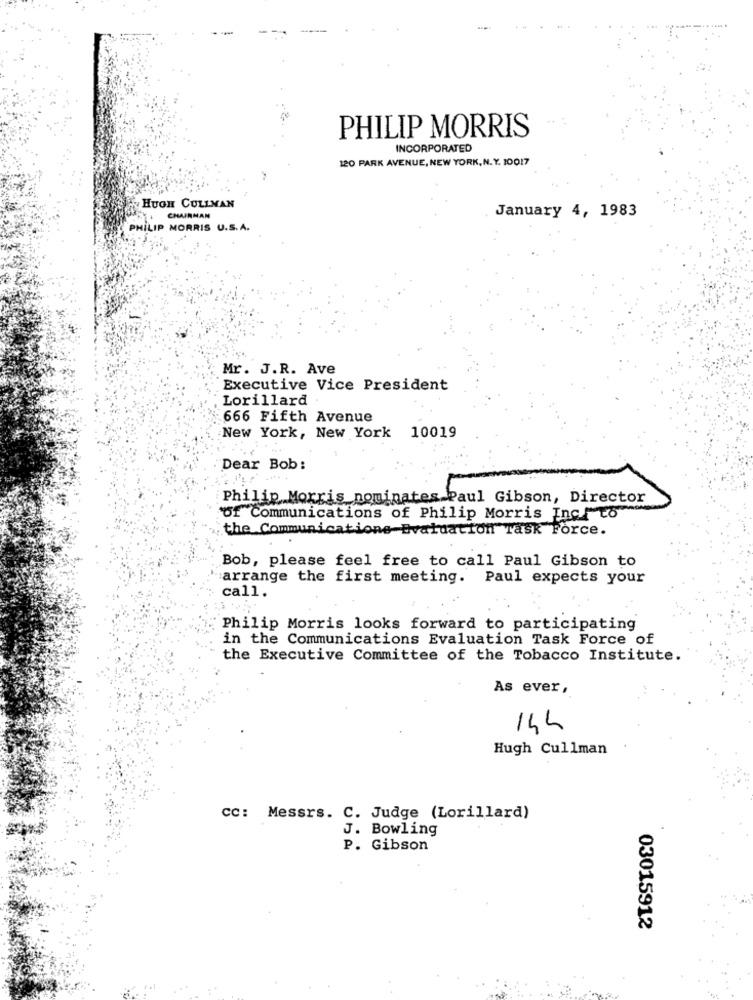
PHILIP MORRIS
INCORPORATED
120 PARK AVENUE, NEW YORK, N.Y. 10017
HUGH CULLMAN
January 4, 1983
CHAIRMAN
PHILIP MORRIS U.S.A.
Mr. J.R. Ave
Executive Vice President
Lorillard
666 Fifth Avenue
New York, New York 10019
Dear Bob:
Philip Morris nominates Paul Gibson, Director
Of Communications of Philip Morris Incf to"
the Communications Evaluation Task Force.
Bob, please feel free to call Paul Gibson to
arrange the first meeting. Paul expects your
call.
Philip Morris looks forward to participating
in the Communications Evaluation Task Force of
the Executive Committee of the Tobacco Institute.
As ever,
144
Hugh Cullman
cc: Messrs. C. Judge (Lorillard)
J. Bowling
P. Gibson
03015912